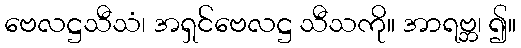
ဗေလဋ္ဌသီသံ၊ အရှင်ဗေလဋ္ဌ သီသကို။ အာရဗ္ဘ၊ ၍။